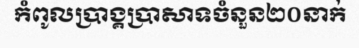
កំពូលប្រាង្គប្រាសាទចំនួន២០នាក់